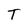
Character: T